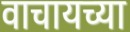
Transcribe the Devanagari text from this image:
वाचायच्या